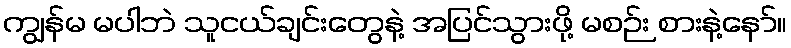
ကျွန်မ မပါဘဲ သူငယ်ချင်းတွေနဲ့ အပြင်သွားဖို့ မစဉ်း စားနဲ့နော်။